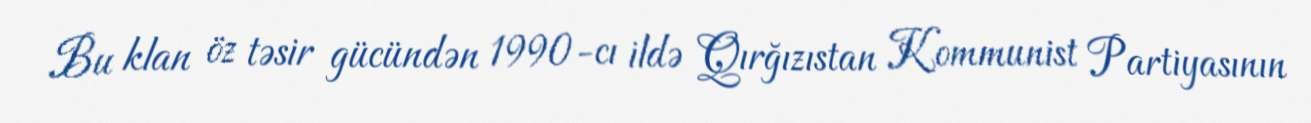
Bu klan öz təsir gücündən 1990-cı ildə Qırğızıstan Kommunist Partiyasının